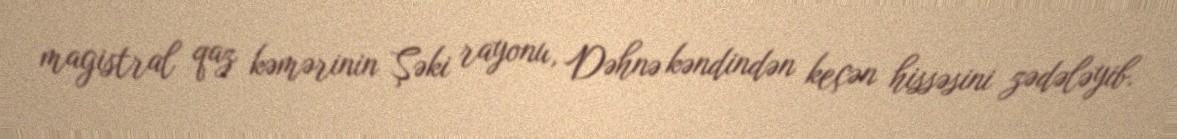
magistral qaz kəmərinin Şəki rayonu, Dəhnə kəndindən keçən hissəsini zədələyib.